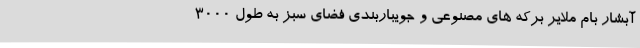
آبشار بام ملایر برکه های مصنوعی و جویباربندی فضای سبز به طول 3000